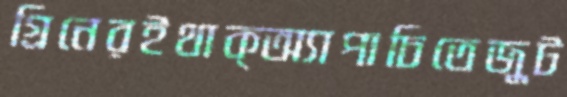
গ্রিনেরইথাক্অ্যাপাচিতেজুট